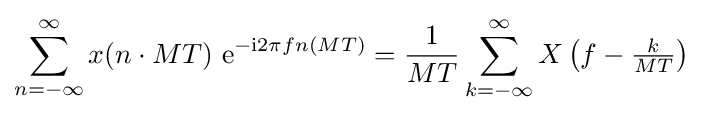
\sum _{n=-\infty }^{\infty }x(n\cdot MT)\ \mathrm {e} ^{-\mathrm {i} 2\pi fn(MT)}={\frac {1}{MT}}\sum _{k=-\infty }^{\infty }X\left(f-{\tfrac {k}{MT}}\right)